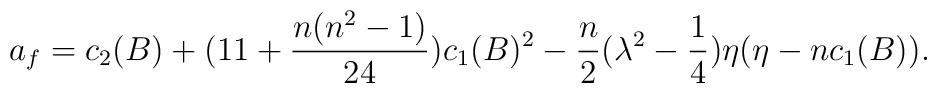
a_{f}=c_{2}(B)+(11+\frac{n(n^{2}-1)}{24})c_{1}(B)^{2}-\frac{n}{2}(\lambda^{2}-\frac{1}{4})\eta(\eta-nc_{1}(B)).